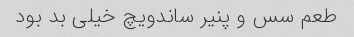
طعم سس و پنیر ساندویچ خیلی بد بود